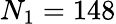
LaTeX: N_{1}=148